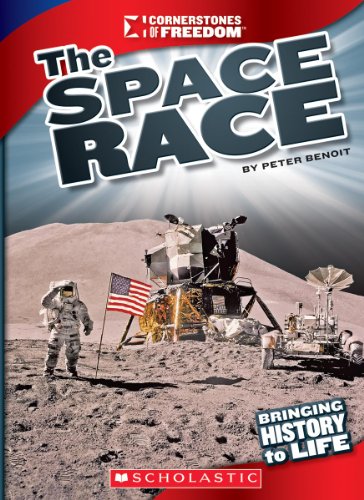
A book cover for The Space Race (Cornerstones of Freedom: Third); Peter Benoit; Children's Books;